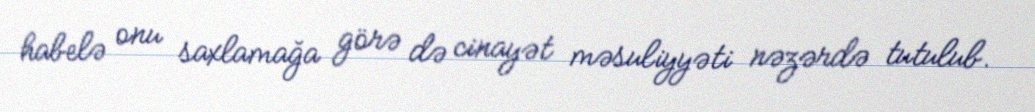
habelə onu saxlamağa görə də cinayət məsuliyyəti nəzərdə tutulub.